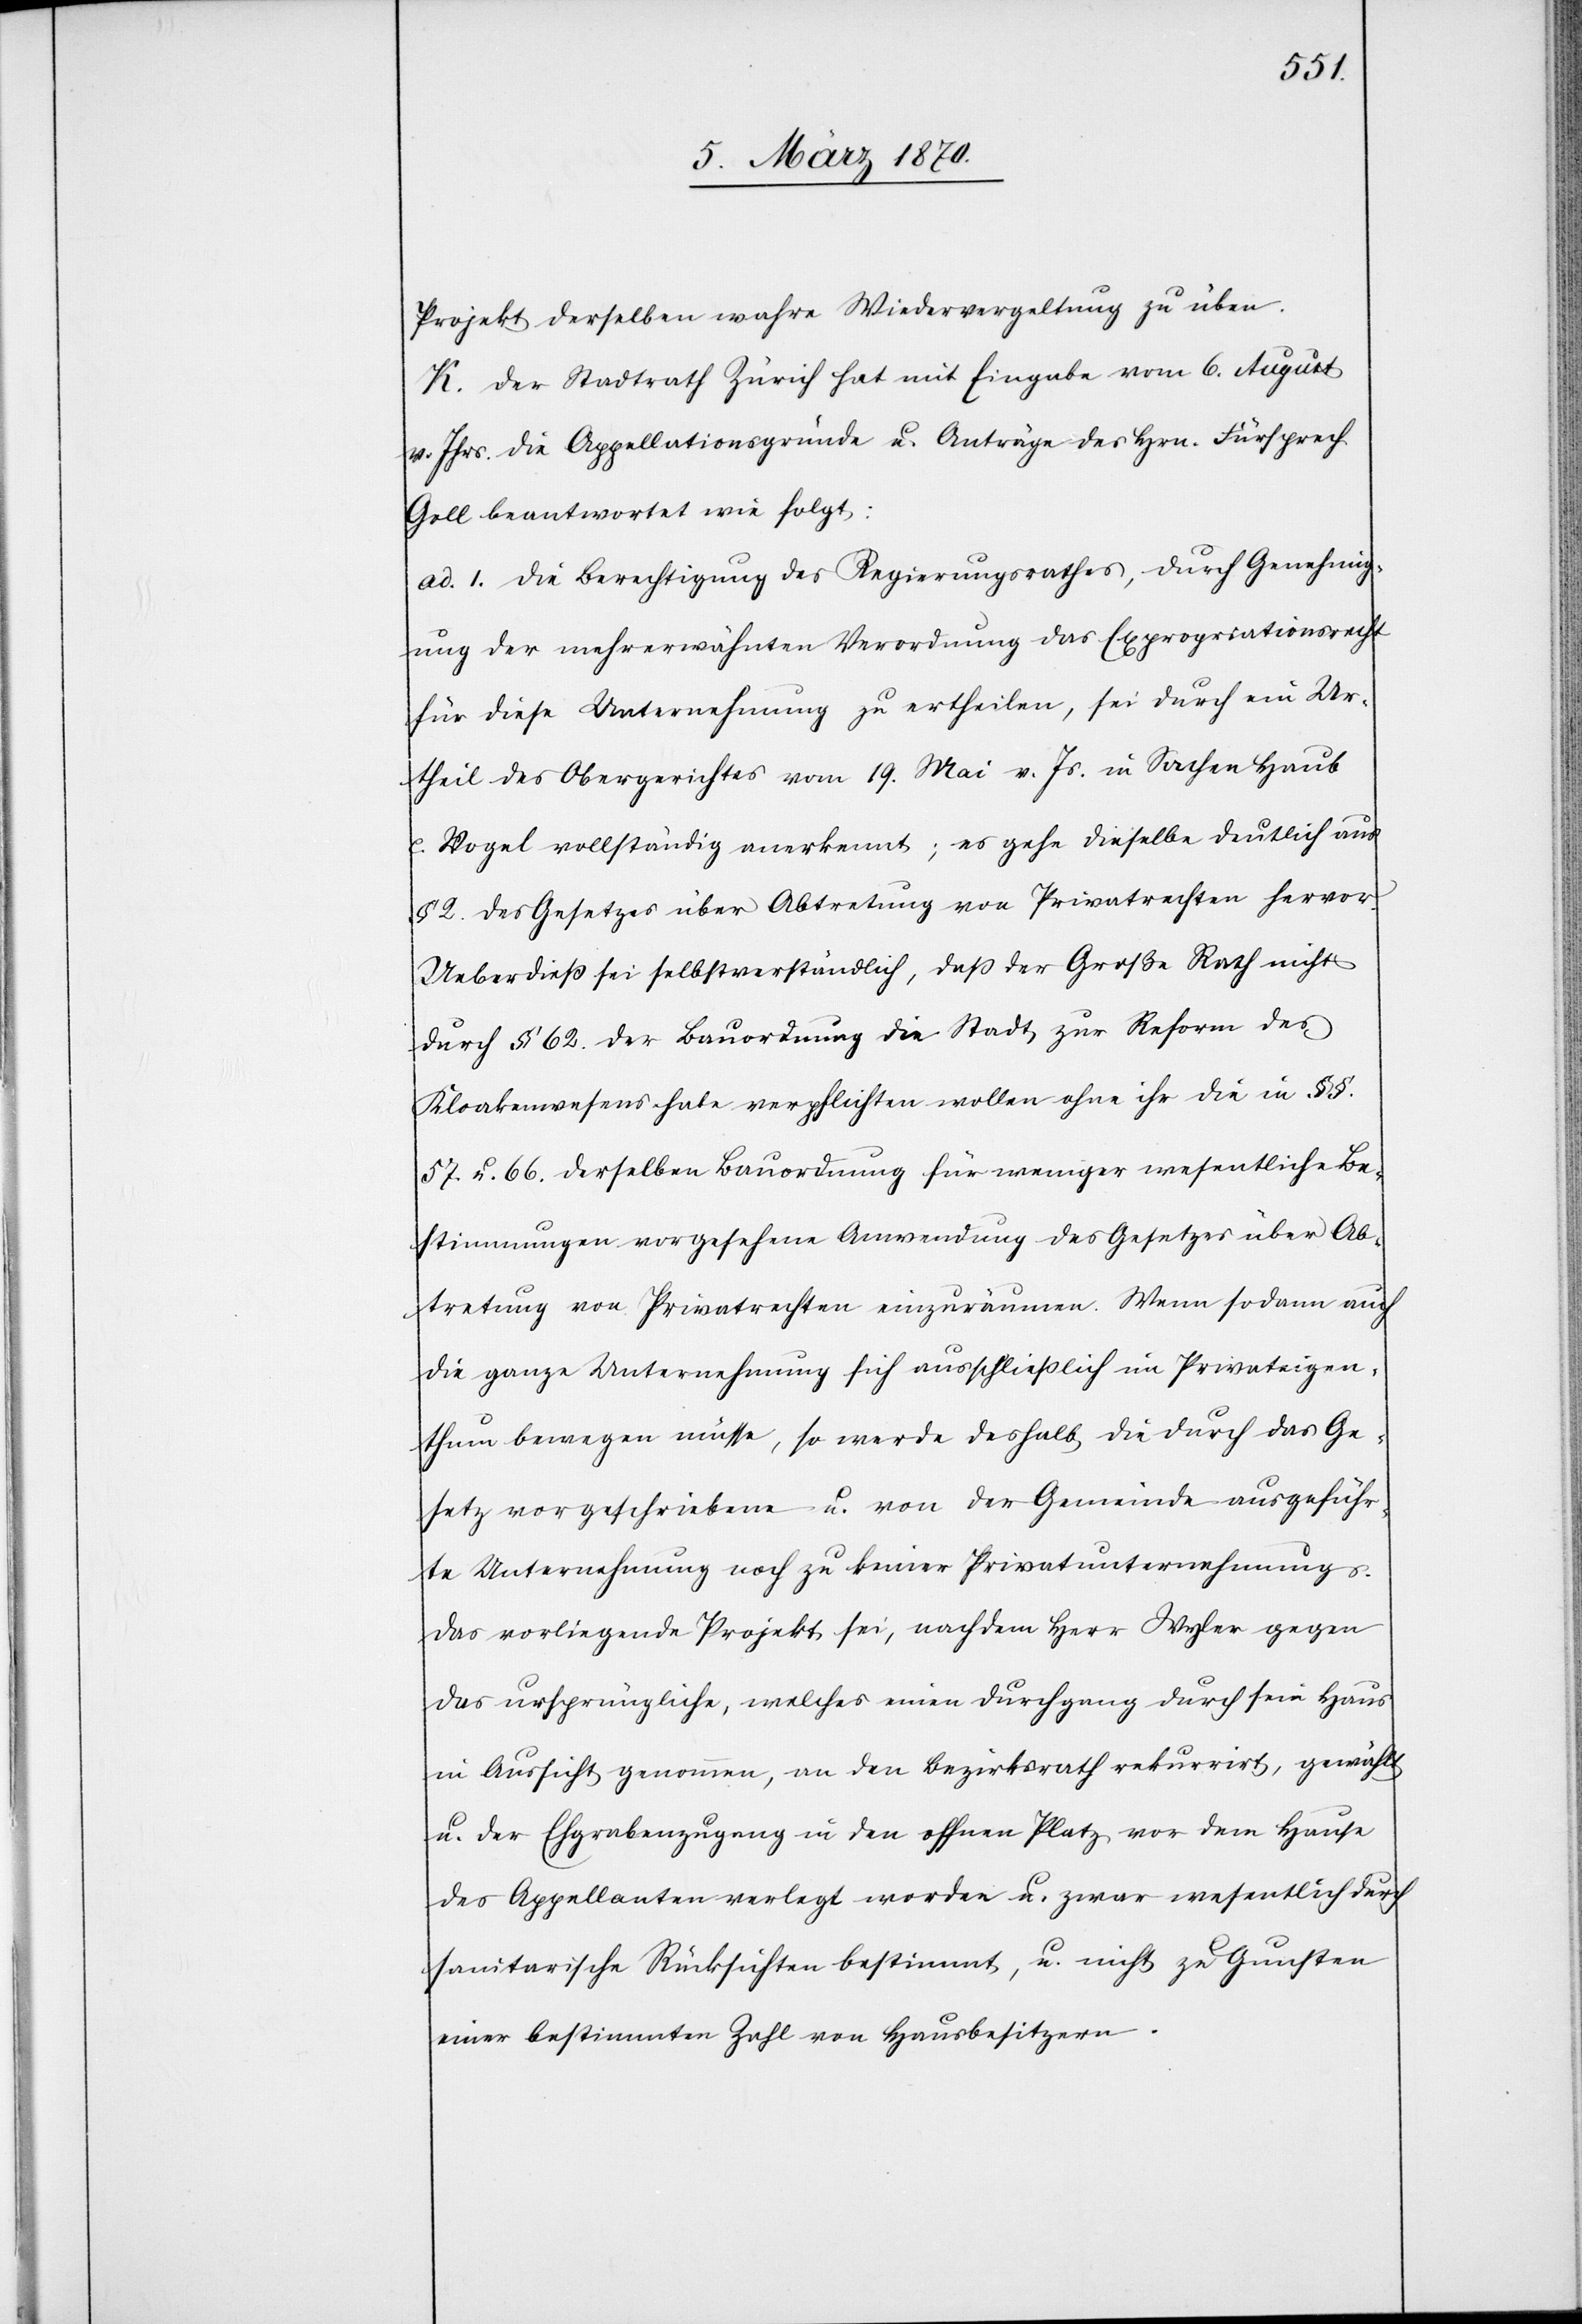
Projekt derselben wahre[,] Wiedervergeltung zu üben.
K. Der Stadtrath Zürich hat mit Eingabe vom 6. August
v. Jhrs. die Appellationsgründe u. Anträge des Hrn. Fürsprech
Goll beantwortet wie folgt:
ad. 1. Die Berechtigung des Regierungsrathes, durch Genehmig¬
ung der mehrerwähnten Verordnung das Expropriationsrecht
für diese Unternehmung zu ertheilen, sei durch ein Ur¬
theil des Obergerichtes vom 19. Mai v. Js. in Sachen Haub
c. Vogel vollständig anerkennt; es gehe dieselbe deutlich aus
§ 2. des Gesetzes über Abtretung von Privatrechten hervor.
Ueberdieß sei selbstverständlich, daß der Große Rath nicht
durch § 62. der Bauordnung die Stadt zur Reform des
Kloakenwesens habe verpflichten wollen ohne ihr die in §§.
57 u. 66. derselben Bauordnung für weniger wesentliche Be¬
stimmungen vorgesehene Anwendung des Gesetzes über Ab¬
tretung von Privatrechten einzuräumen. Wenn sodann auch
die ganze Unternehmung sich ausschließlich im Privateigen¬
thum bewegen müsse, so werde deshalb die durch das Ge¬
setz vorgeschriebene u. von der Gemeinde ausgeführ¬
te Unternehmung noch zu keiner Privatunternehmung.
Das vorliegende Projekt sei, nachdem Herr Wyler gegen
das ursprüngliche, welches einen Durchgang durch sein Haus
in Aussicht genommen, an den Bezirksrath rekurrirt, gewählt
u. der Ehgrabenzugang in den offnen Platz vor dem Hause
des Appellanten verlegt worden u. zwar wesentlich durch
sanitarische Rücksichten bestimmt, u. nicht zu Gunsten
einer bestimmten Zahl von Hausbesitzern.